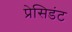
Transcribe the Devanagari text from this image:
प्रेसिडंट